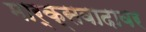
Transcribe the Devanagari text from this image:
मार्क्सवादावर